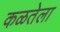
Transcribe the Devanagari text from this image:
कळतेला